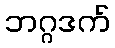
ဘဂ္ဂဒက်